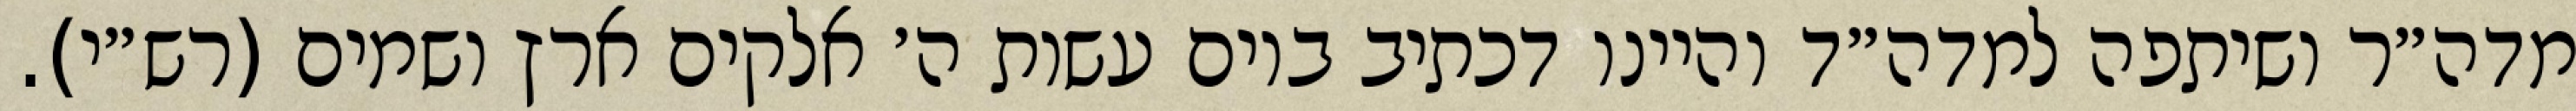
מדה״ר ושיתפה למדה״ד והיינו דכתיב ביום עשות ה׳ אלקים ארץ ושמים (רש״י).